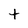
Character: t